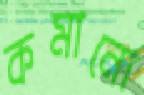
কমানো